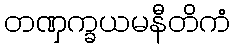
တဏှက္ခယမနီတိကံ